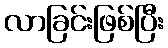
လာခြင်းဖြစ်ပြီး